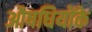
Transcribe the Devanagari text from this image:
औषधियोंके